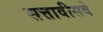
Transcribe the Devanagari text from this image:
सत्तावीसवे